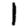
Digit: 1